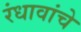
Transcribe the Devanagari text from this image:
रंधावांचे